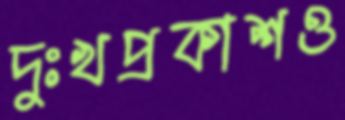
দুঃখপ্রকাশও